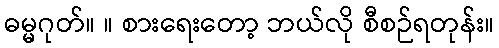
ဓမ္မဂုတ်။ ။ စားရေးတော့ ဘယ်လို စီစဉ်ရတုန်း။